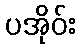
ပအိုဝ်း